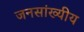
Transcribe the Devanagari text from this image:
जनसांख्यीय